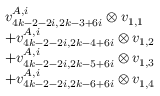
\begin{array} { r l } & { v _ { 4 k - 2 - 2 i , 2 k - 3 + 6 i } ^ { A , i } \otimes v _ { 1 , 1 } } \\ & { + v _ { 4 k - 2 - 2 i , 2 k - 4 + 6 i } ^ { A , i } \otimes v _ { 1 , 2 } } \\ & { + v _ { 4 k - 2 - 2 i , 2 k - 5 + 6 i } ^ { A , i } \otimes v _ { 1 , 3 } } \\ & { + v _ { 4 k - 2 - 2 i , 2 k - 6 + 6 i } ^ { A , i } \otimes v _ { 1 , 4 } } \end{array}